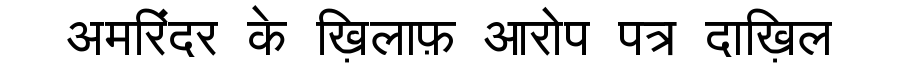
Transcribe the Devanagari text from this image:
अमरिंदर के ख़िलाफ़ आरोप पत्र दाख़िल